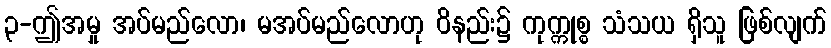
၃-ဤအမှု အပ်မည်လော၊ မအပ်မည်လောဟု ဝိနည်း၌ ကုက္ကုစ္စ သံသယ ရှိသူ ဖြစ်လျက်